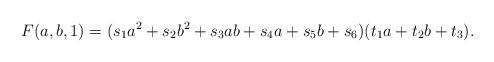
LaTeX: \begin{align*} F(a, b, 1) = (s_1 a^2 + s_2 b^2 + s_3 ab + s_4 a + s_5 b + s_6)(t_1 a + t_2 b + t_3). \end{align*}